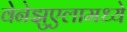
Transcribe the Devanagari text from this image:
वेनेझुएलामध्ये